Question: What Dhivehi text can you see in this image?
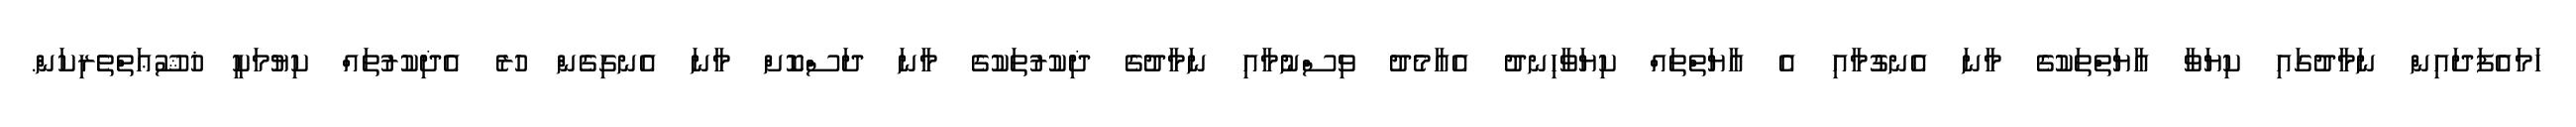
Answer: ހަމައެފަދައިން ނަމާދުގައި ކިޔަވާ އާޔަތްތަކުގެ މާނަ އެނގުމާއި އެ އާޔަތްތައް ކިޔަވާހިނދު އެއާމެދު ވިސްނުމާއި ނަމާދުގެ ޛިކުރުތަކުގެ މާނަ ދަސްކޮށް މާނަ އެނގިގެން ހުރެ އެޛިކުރުތައް ކިޔުމަކީ ޚުޝޫޢަތްތެރިކަން.